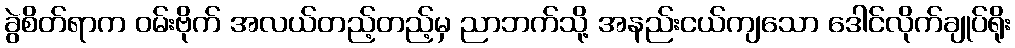
ခွဲစိတ်ရာက ဝမ်းဗိုက် အလယ်တည့်တည့်မှ ညာဘက်သို့ အနည်းငယ်ကျသော ဒေါင်လိုက်ချုပ်ရိုး